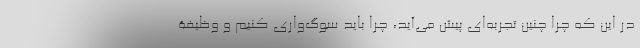
در این که چرا چنین تجربه‌ای پیش می‌آید، چرا باید سوگ‌واری کنیم و وظیفۀ